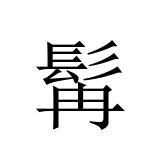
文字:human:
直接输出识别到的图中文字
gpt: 髯